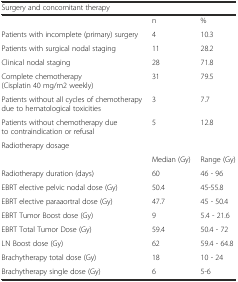
<table><thead><tr><td colspan="3"><b>Surgery and concomitant therapy</b></td></tr></thead><tbody><tr><td></td><td>n</td><td>%</td></tr><tr><td>Patients with incomplete (primary) surgery</td><td>4</td><td>10.3</td></tr><tr><td>Patients with surgical nodal staging</td><td>11</td><td>28.2</td></tr><tr><td>Clinical nodal staging</td><td>28</td><td>71.8</td></tr><tr><td>Complete chemotherapy (Cisplatin 40 mg/m2 weekly)</td><td>31</td><td>79.5</td></tr><tr><td>Patients without all cycles of chemotherapy due to hematological toxicities</td><td>3</td><td>7.7</td></tr><tr><td>Patients without chemotherapy due to contraindication or refusal</td><td>5</td><td>12.8</td></tr><tr><td colspan="3">Radiotherapy dosage</td></tr><tr><td></td><td>Median (Gy)</td><td>Range (Gy)</td></tr><tr><td>Radiotherapy duration (days)</td><td>60</td><td>46 - 96</td></tr><tr><td>EBRT elective pelvic nodal dose (Gy)</td><td>50.4</td><td>45-55.8</td></tr><tr><td>EBRT elective paraaortral dose (Gy)</td><td>47.7</td><td>45 - 50.4</td></tr><tr><td>EBRT Tumor Boost dose (Gy)</td><td>9</td><td>5.4 - 21.6</td></tr><tr><td>EBRT Total Tumor Dose (Gy)</td><td>59.4</td><td>50.4 - 72</td></tr><tr><td>LN Boost dose (Gy)</td><td>62</td><td>59.4 - 64.8</td></tr><tr><td>Brachytherapy total dose (Gy)</td><td>18</td><td>10 - 24</td></tr><tr><td>Brachytherapy single dose (Gy)</td><td>6</td><td>5-6</td></tr></tbody></table>